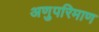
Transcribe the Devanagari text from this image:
अणुपरिमाण